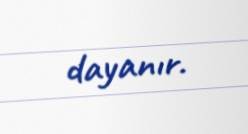
dayanır.